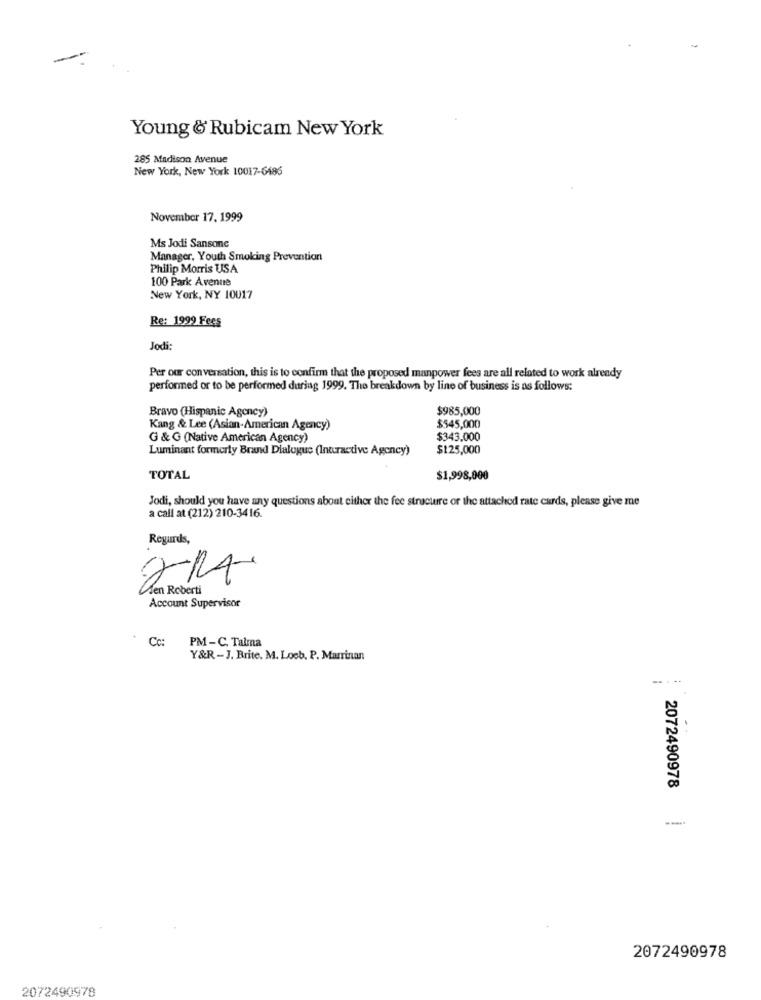
Young & Rubicam New York
285 Madison Avenue
New York, New York 10017-6486
November 17, 1999
Ms Jodi Sansone
Manager, Youth Smoking Prevention
Philip Morris USA
100 Park Avenue
New York, NY 10017
Re: 1999 Fees
Jodi:
Per our conversation, this is to confirm that the proposed manpower fees are all related to work already
performed or to be performed during 1999. The breakdown by line of business is as follows:
Bravo (Hispanic Agency)
$985,000
Kang & Lee (Asian-American Agency)
$545,000
G & G (Native American Agency)
$343.000
Luminant formerly Brand Dialogue (Interactive Agency)
$125,000
TOTAL
$1,998,000
Jodi, should you have any questions about either the fee structure of the attached rate curds, please give me
a call at (212) 210-3416.
Regards,
Ben Roberti
Account Supervisor
Cc:
PM-C. Talma
Y&R-J. Brite. M. Loeb. P. Marrinan
..
2072490978
2072490978
2072490978